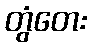
တွံတေး